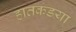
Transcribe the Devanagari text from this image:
हातकडया